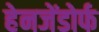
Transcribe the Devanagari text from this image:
हेनजेंडोर्फ